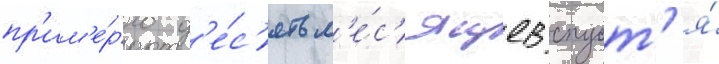
пр'им'е́рно д'е́с'ять м'е́с'яцев спуст'я́